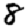
Digit: 8